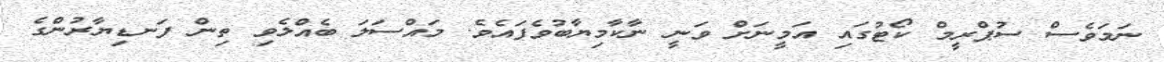
ނަމަވެސް ސުޕްރީމް ކޯޓުގައި އަމީނަށް ވަނީ ނާކާމިޔާބުވެފައެވެ. މައްސަލަ ބެއްލެވި ތިން ފަނޑިޔާރުންގެ